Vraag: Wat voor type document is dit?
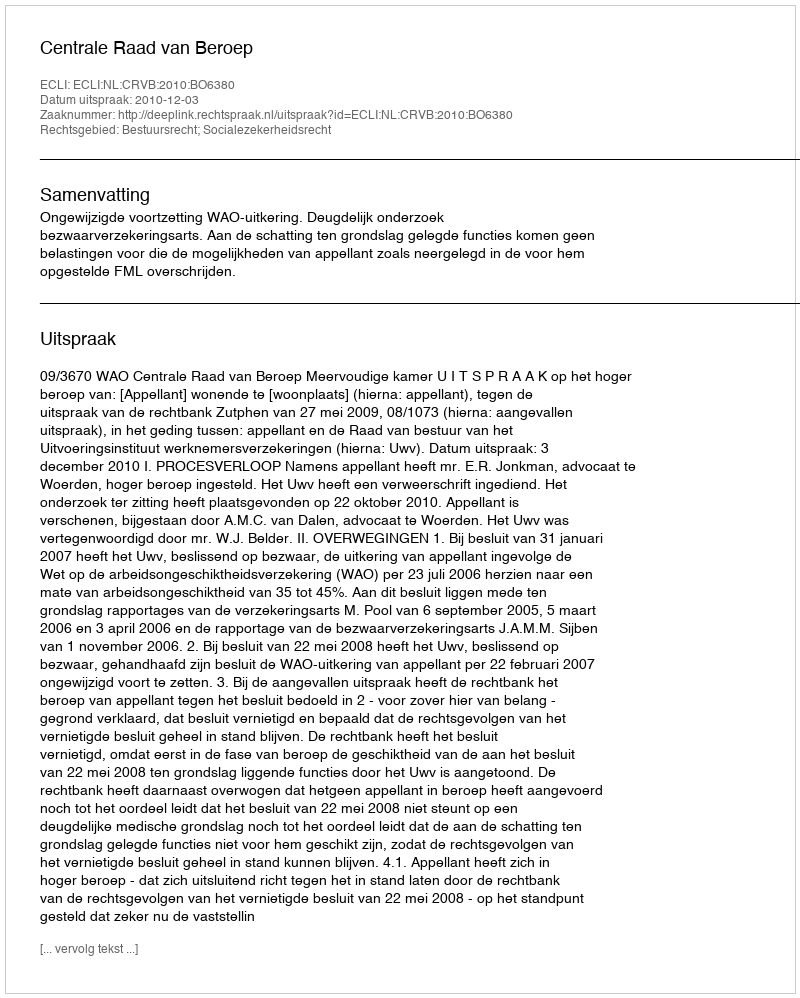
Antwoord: Uitspraak